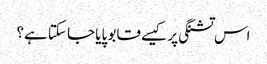
اس تشنگی پر کیسے قابو پایا جا سکتا ہے؟